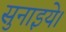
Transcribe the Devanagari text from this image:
सुनाइये।